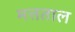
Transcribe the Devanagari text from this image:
मत्तताल